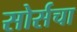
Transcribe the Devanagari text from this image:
सोर्सचा